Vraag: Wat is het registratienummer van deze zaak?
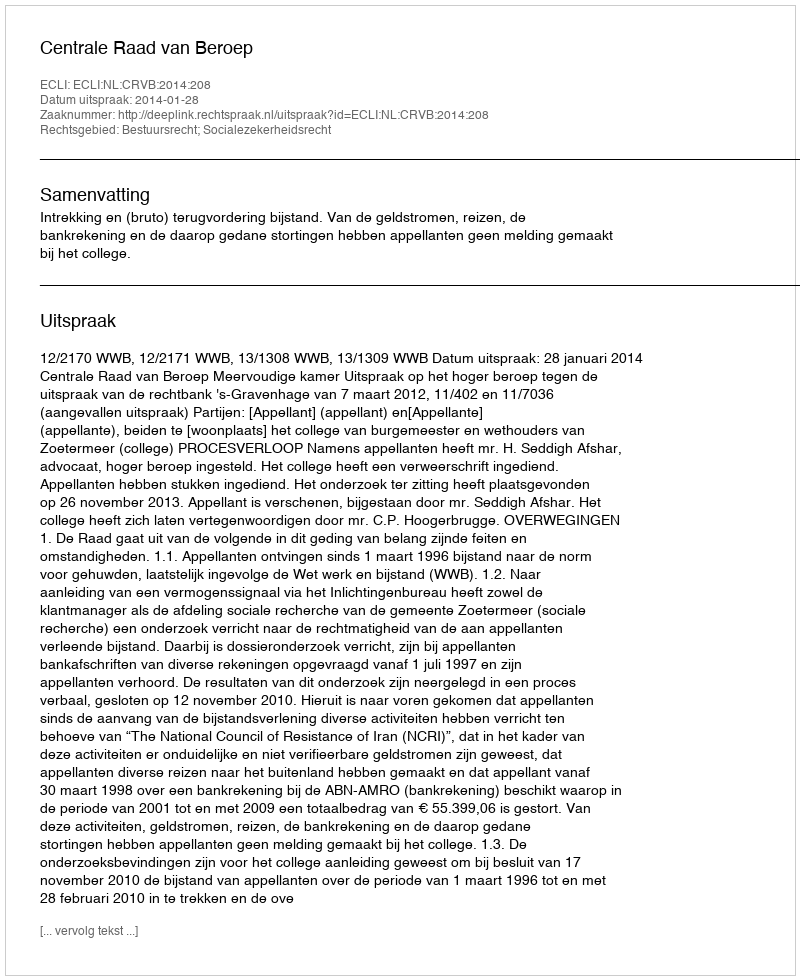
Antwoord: http://deeplink.rechtspraak.nl/uitspraak?id=ECLI:NL:CRVB:2014:208